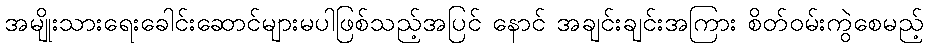
အမျိုးသားရေးခေါင်းဆောင်များမပါဖြစ်သည့်အပြင် နောင် အချင်းချင်းအကြား စိတ်ဝမ်းကွဲစေမည့်